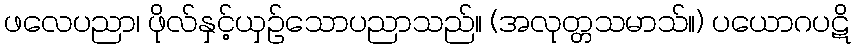
ဖလေပညာ၊ ဖိုလ်နှင့်ယှဉ်သောပညာသည်။ (အလုတ္တသမာသ်။) ပယောဂပဋိ